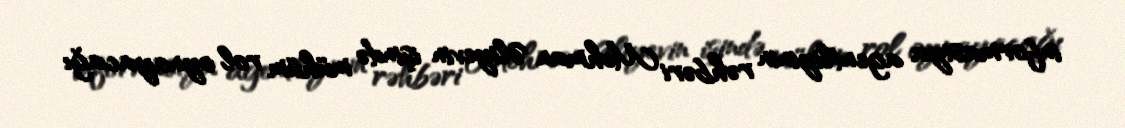
informasiya agentliyinin rəhbəri Mehman Əliyevin işində mühüm rol oynayacağı